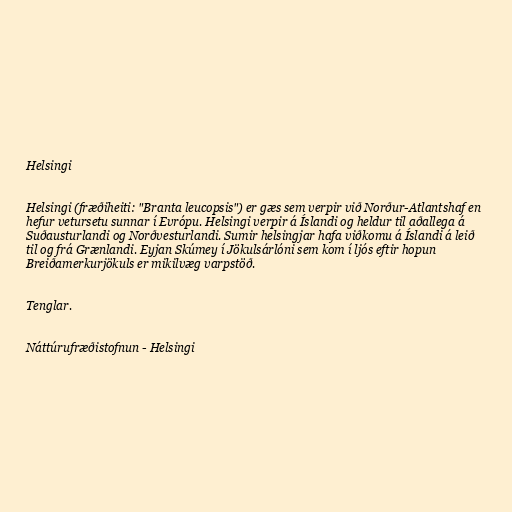
Helsingi

Helsingi (fræðiheiti: "Branta leucopsis") er gæs sem verpir við Norður-Atlantshaf en
hefur vetursetu sunnar í Evrópu. Helsingi verpir á Íslandi og heldur til aðallega á
Suðausturlandi og Norðvesturlandi. Sumir helsingjar hafa viðkomu á Íslandi á leið
til og frá Grænlandi. Eyjan Skúmey í Jökulsárlóni sem kom í ljós eftir hopun
Breiðamerkurjökuls er mikilvæg varpstöð.

Tenglar.

Náttúrufræðistofnun - Helsingi